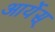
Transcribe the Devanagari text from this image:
आर्येस्